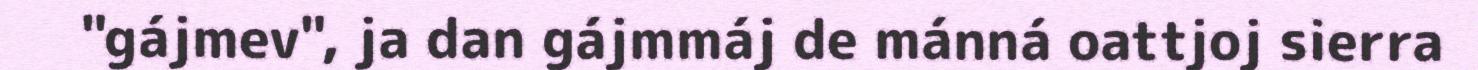
"gájmev", ja dan gájmmáj de mánná oattjoj sierra